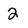
Character: 2